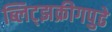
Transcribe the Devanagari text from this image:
ब्लिट्झक्रीगपुढे